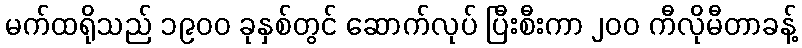
မက်ထရိုသည် ၁၉၀၀ ခုနှစ်တွင် ဆောက်လုပ် ပြီးစီးကာ ၂၀၀ ကီလိုမီတာခန့်